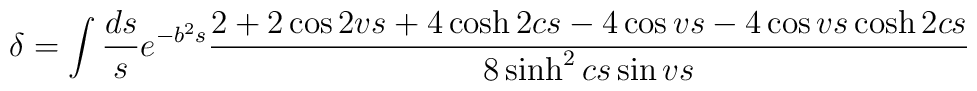
\delta=\int \frac{ds}{s}e^{-b^{2}s}\frac{2+2\cos 2vs +4 \cosh 2cs -4\cos vs -4 \cos vs \cosh2cs}{8\sinh^2 cs \sin vs}